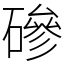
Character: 磣